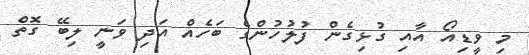
މި ވީޑިއޯ އާއި ގުޅިގެން ފުލުހުންގެ ބަހެއް އަދި ވަނީ ލިބޭ ގޮތް